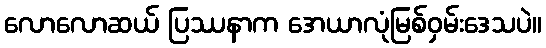
လောလောဆယ် ပြဿနာက အေယာလုံမြစ်ဝှမ်းဒေသပဲ။